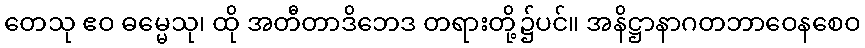
တေသု ဧဝ ဓမ္မေသု၊ ထို အတီတာဒိဘေဒ တရားတို့၌ပင်။ အနိဋ္ဌာနာဂတဘာဝေနစေဝ